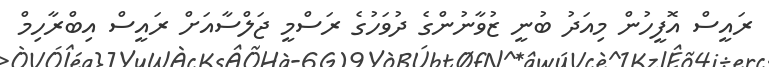
ރައީސް އޮފީހުން މިއަދު ބުނީ ޒުވާނުންގެ ދުވަހުގެ ރަސްމީ ޖަލްސާއަށް ރައީސް އިބްރާހިމް